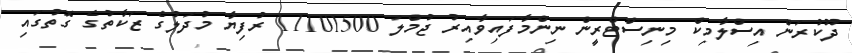
ދޫކުރަން އިސްލާމިކް މިނިސްޓްރީން ނިންމާފައިވާއިރު ޖުމްލަ 11101500 ރުފިޔާ މުދަލުގެ ޒަކާތުގެ ގޮތުގައި